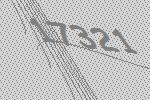
17321